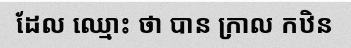
ដែល ឈ្មោះ ថា បាន ក្រាល កឋិន